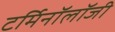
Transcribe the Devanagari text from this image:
टर्मिनॉलॉजी